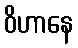
ဝိဟာနေ